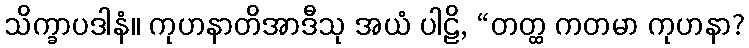
သိက္ခာပဒါနံ။ ကုဟနာတိအာဒီသု အယံ ပါဠိ, “တတ္ထ ကတမာ ကုဟနာ?